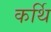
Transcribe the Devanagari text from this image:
कर्थि